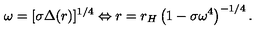
\omega = [ \sigma \Delta ( r ) ] ^ { 1 / 4 } \Leftrightarrow r = r _ { H } \left( 1 - \sigma \omega ^ { 4 } \right) ^ { - 1 / 4 } .